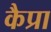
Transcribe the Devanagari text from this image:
कैप्रा